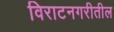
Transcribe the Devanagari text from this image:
विराटनगरीतील